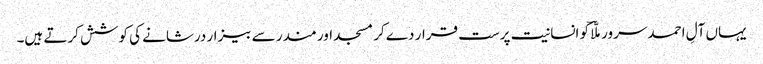
یہاں آلِ احمد سرور ملّاؔ کو انسانیت پرست قرار دے کر مسجد اور مندر سے بیزار درشانے کی کوشش کرتے ہیں۔